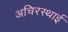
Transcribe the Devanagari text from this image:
अचिरस्थाई